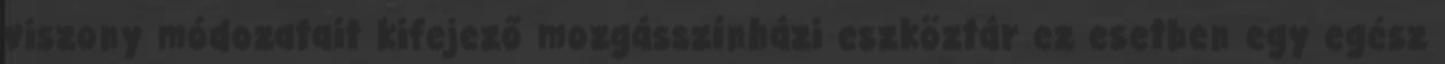
viszony módozatait kifejező mozgásszínházi eszköztár ez esetben egy egész